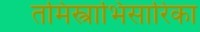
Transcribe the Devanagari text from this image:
तमिस्त्राभिसारिका